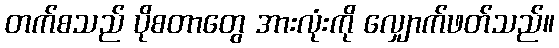
တက်စသည် ပိုစတာတွေ အားလုံးကို လျှောက်ဖတ်သည်။